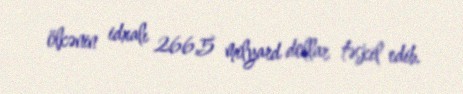
ölkənin idxalı 266,5 milyard dollar təşkil edib.